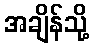
အချိန်သို့